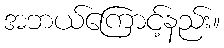
အဘယ်ကြောင့်နည်း။